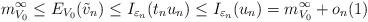
LaTeX: \begin{align*}m_{ V_0}^{\infty}\leq E_{V_{0}}(\tilde v_{n})\leq I_{\varepsilon_n}( t_nu_n)\leq I_{\varepsilon_n}( u_n)=m_{ V_0}^{\infty}+o_n( 1)\end{align*}